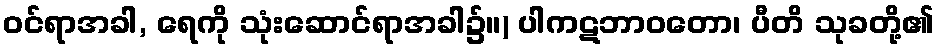
ဝင်ရာအခါ, ရေကို သုံးဆောင်ရာအခါ၌။) ပါကဋဘာဝတော၊ ပီတိ သုခတို့၏